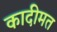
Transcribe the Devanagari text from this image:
कादीमत